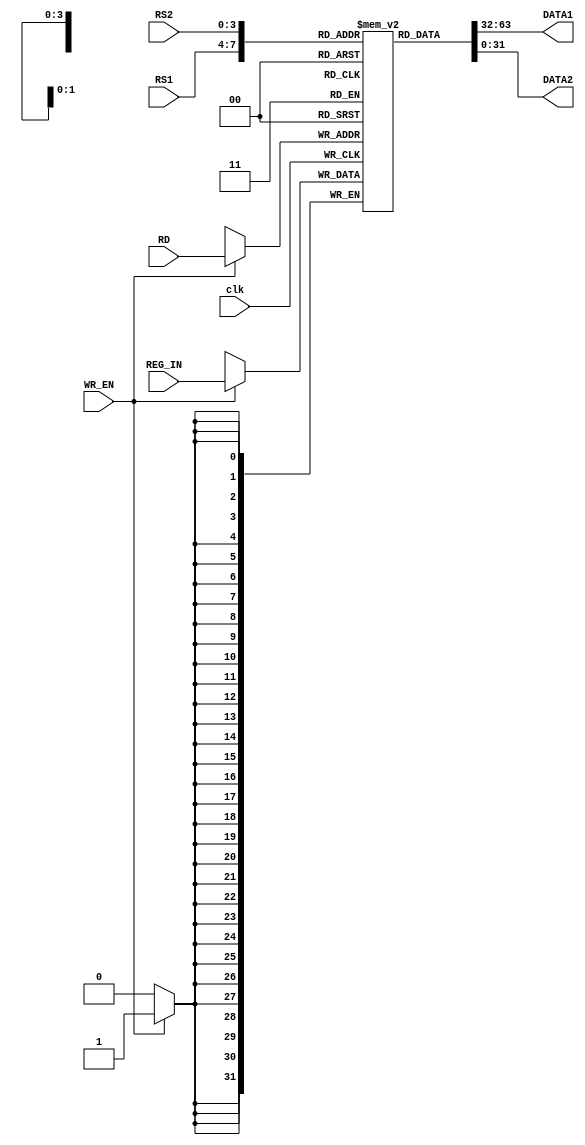
module AsyncRegister(clk, RD, RS1, RS2, REG_IN, WR_EN, DATA1, DATA2);
	input clk, WR_EN;
	input[3:0] RD, RS1, RS2;
	input[31:0] REG_IN;
	reg[31:0] registers[15:0];
	output reg[31:0] DATA1, DATA2;
	
	// Read asynchronously
	always @(RS1, RS2) begin
		DATA1 <= registers[RS1];
		DATA2 <= registers[RS2];
	end
	
	// Write synchronously
	always @(posedge clk)
		if (WR_EN) registers[RD] <= REG_IN;	
endmodule